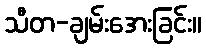
သီတ-ချမ်းအေးခြင်း။